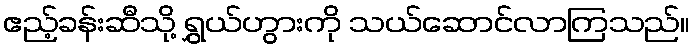
ဧည့်ခန်းဆီသို့ ရွှယ်ဟွားကို သယ်ဆောင်လာကြသည်။